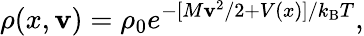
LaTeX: \rho(x,\mathbf{v})=\rho_{0}e^{-[M\mathbf{v}^{2}/2+V(x)]/k_{\mathrm{{B}}}T},